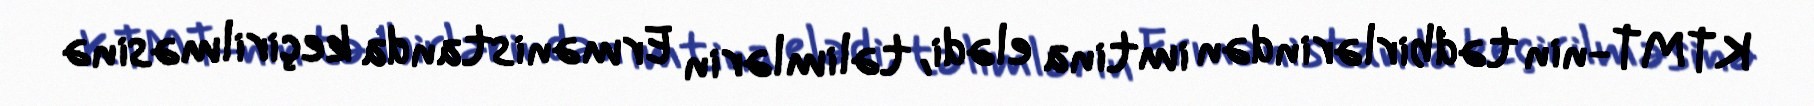
KTMT-nin tədbirlərindən imtina elədi, təlimlərin Ermənistanda keçirilməsinə